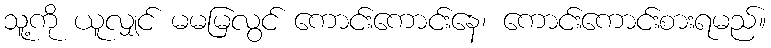
သူ့ကို ယူလျှင် မမမြလွင် ကောင်းကောင်းနေ၊ ကောင်းကောင်းစားရမည်။